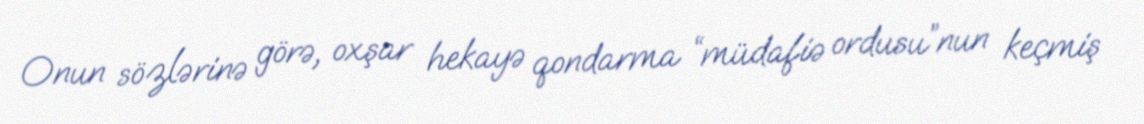
Onun sözlərinə görə, oxşar hekayə qondarma “müdafiə ordusu”nun keçmiş